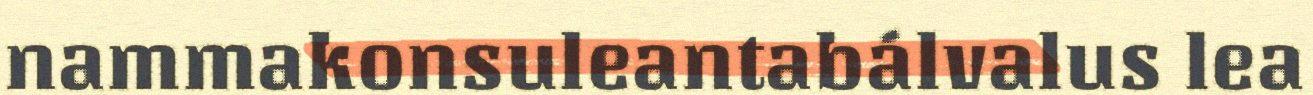
nammakonsuleantabálvalus lea